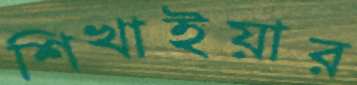
শিখাইয়ার